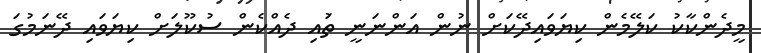
މީދެންކާކު ކަލޭމެން ކިޔަވައިދޭކަށް ނުން އަންނަނީ ތުައި ދެއްކެން ސުކޫލަށް ކިޔަވައި ދޭނަމުގަ